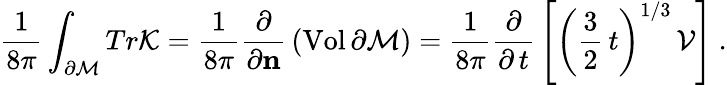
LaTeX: \frac{1}{8\pi}\int_{\partial{\cal M}}Tr{\cal K}=\frac{1}{8\pi}\frac{\partial}{\partial{\mathbf n}}\, (\mathrm{Vol}\, \partial{\cal M})=\frac{1}{8\pi}\frac{\partial}{\partial\, t}\, \left[\left(\frac{3}{2}\, t\right)^{1/3}\, {\cal V}\right]\ .